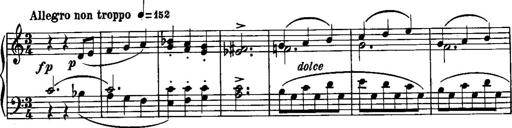
Title: Piano Sonatina No.1, Op.146
Composer: Stephen Heller